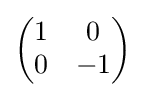
{\begin{pmatrix}1&0\\0&-1\end{pmatrix}}